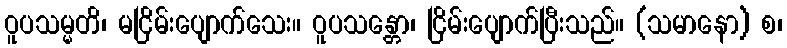
ဝူပသမ္မတိ၊ မငြိမ်းပျောက်သေး။ ဝူပသန္တော၊ ငြိမ်းပျောက်ပြီးသည်။ (သမာနော) စ၊